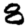
Digit: 8